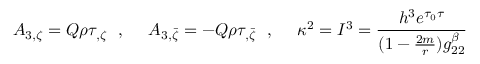
A _ { 3 , \zeta } = Q \rho \tau _ { , \zeta } \ \ , \ \ \ \ A _ { 3 , \bar { \zeta } } = - Q \rho \tau _ { , \bar { \zeta } } \ \ , \ \ \ \ \kappa ^ { 2 } = I ^ { 3 } = { \frac { h ^ { 3 } e ^ { \tau _ { 0 } \tau } } { ( 1 - { \frac { 2 m } { r } } ) g _ { 2 2 } ^ { \beta } } }